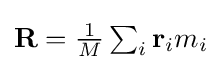
{\textstyle \mathbf {R} ={\frac {1}{M}}\sum _{i}\mathbf {r} _{i}m_{i}}